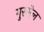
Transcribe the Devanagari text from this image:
गुस्सेल